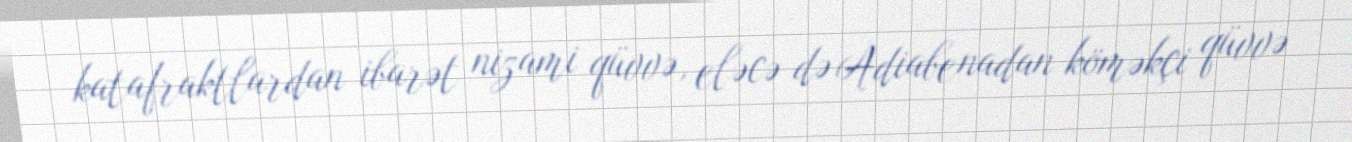
katafraktlardan ibarət nizami qüvvə, eləcə də Adiabenadan köməkçi qüvvə